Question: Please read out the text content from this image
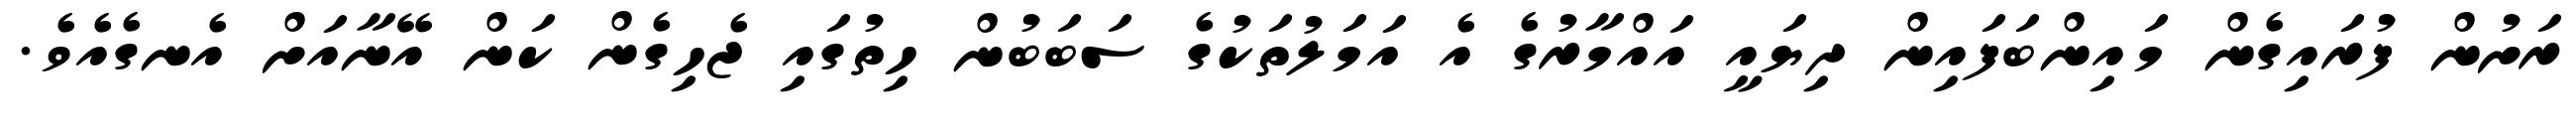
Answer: ރަށުން ފުރައިގެން މައިންބަފައިން ދިޔައީ އައްމާރުގެ އެ އަމަލުތަކުގެ ސަބަބުން ހިތުގައި ޖެހިގެން ކަން އޭނާއަށް އެނގެއެވެ.